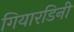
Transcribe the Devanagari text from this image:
गियारडिनी